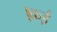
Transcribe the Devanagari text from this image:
।कई